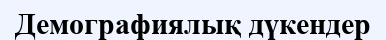
Демографиялық дүкендер